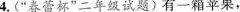
4.(”春蕾杯”二年级试题)有一箱苹果，